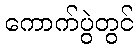
ကောက်ပွဲတွင်